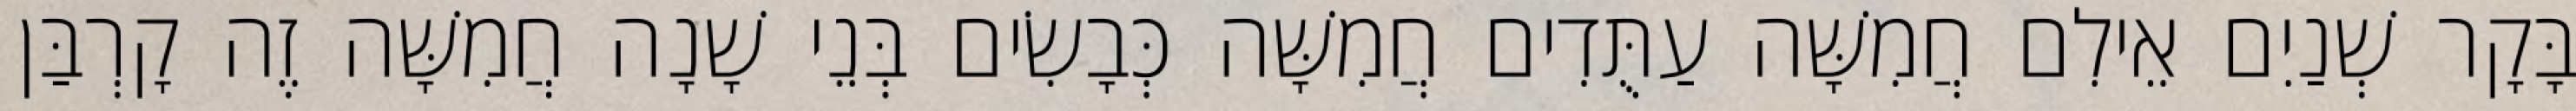
בָּקָר שְׁנַיִם אֵילִם חֲמִשָּׁה עַתֻּדִים חֲמִשָּׁה כְּבָשִׂים בְּנֵי שָׁנָה חֲמִשָּׁה זֶה קָרְבַּן